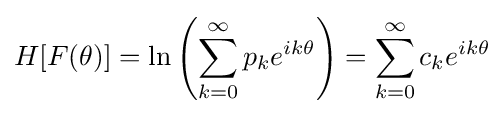
H[F(\theta )]=\ln \left(\sum \limits _{k=0}^{\infty }p_{k}e^{ik\theta }\right)=\sum _{k=0}^{\infty }c_{k}e^{ik\theta }